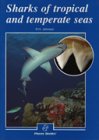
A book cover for Sharks of Tropical and Temperate Seas (Lonely Planet Diving & Snorkeling Great Barrier Reef); R. H. Johnson; Travel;